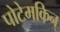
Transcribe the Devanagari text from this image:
पोटेमकिन्